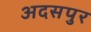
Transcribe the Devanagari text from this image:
अदसपुर